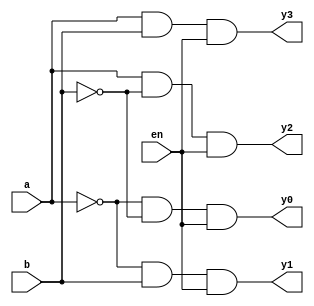
module Decoder_2_4_structural(
  input a, b, en,
  output y0,y1,y2,y3
);
  wire a_not, b_not;
  not(a_not, a);
  not(b_not, b);
  and(y0, a_not, b_not, en);
  and(y1, a_not, b, en);
  and(y2, a, b_not, en);
  and(y3, a, b, en);
endmodule